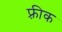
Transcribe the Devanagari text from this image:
फ़्रीक